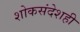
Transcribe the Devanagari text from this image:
शोकसंदेशही